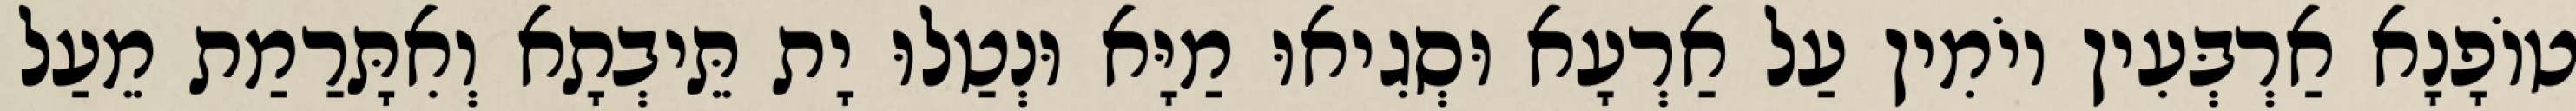
טוֹפָנָא אַרְבְּעִין יוֹמִין עַל אַרְעָא וּסְגִיאוּ מַיָּא וּנְטַלוּ יָת תֵּיבְתָא וְאִתָּרַמַת מֵעַל